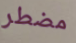
مضطر